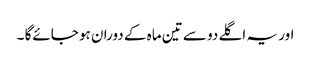
اور یہ اگلے دو سے تین ماہ کے دوران ہو جائےگا ۔